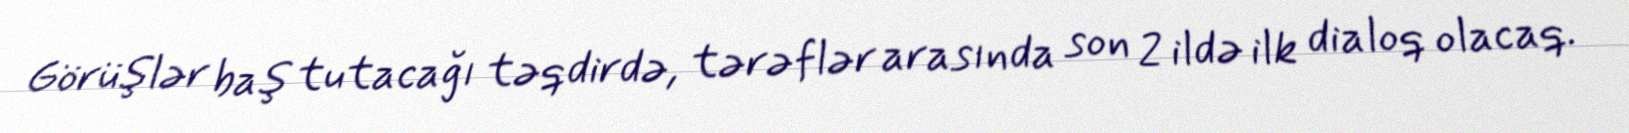
Görüşlər baş tutacağı təqdirdə, tərəflər arasında son 2 ildə ilk dialoq olacaq.